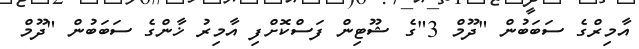
އާމިރްގެ ސަބަބުން "ދޫމް 3"ގެ ޝޫޓިން ފަސްކޮށްފި އާމިރު ޚާންގެ ސަބަބުން "ދޫމް